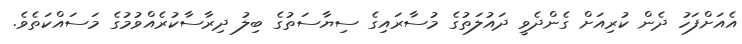
އެއަށްފަހު ދެން ކުރިއަށް ގެންދެވީ ދައުލަތުގެ މުސާރައިގެ ސިޔާސަތުގެ ބިލު ދިރާސާކުރެއްވުމުގެ މަސައްކަތެވެ.